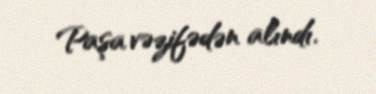
Paşa vəzifədən alındı.